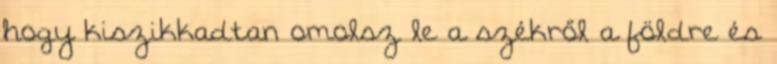
hogy kiszikkadtan omolsz le a székről a földre és